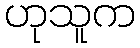
ဟုသူက